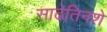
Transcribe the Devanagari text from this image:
साढेतिनशे